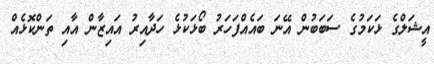
އީޝަލްގެ ޅަކަމުގެ ސަބަބުން އޭނަ ބައެއްފަހަރު ބޯޅަކުޅެ ހަދާއިރު އައިޒާން އާއި ތަންކޮޅެއް